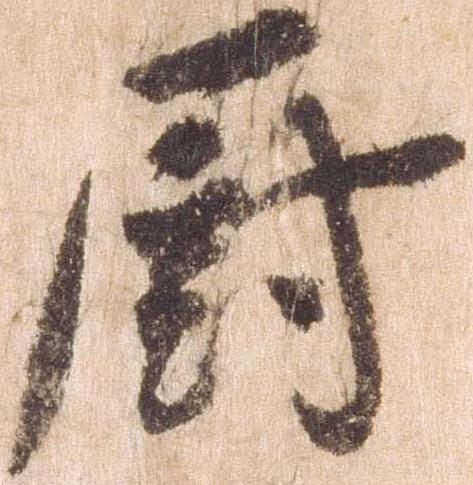
厨